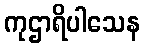
ကုဌာရိပါသေန